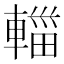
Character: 輺